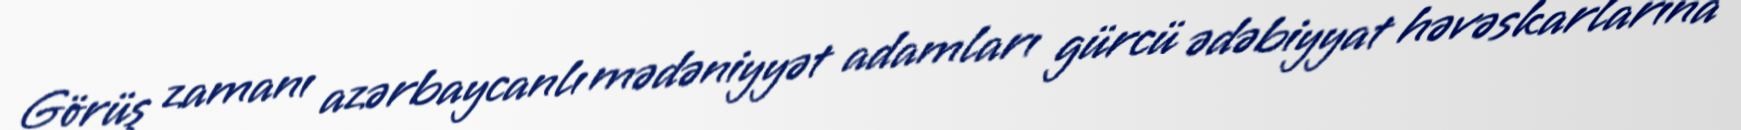
Görüş zamanı azərbaycanlı mədəniyyət adamları gürcü ədəbiyyat həvəskarlarına